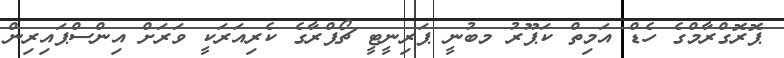
ޕޮރޮގްރާމްގެ ހެޑް އަމިތް ކަޕޫރު މބުނީ ޕަރިނީޓީ ޗޯޕްރާގެ ކެރިއަރަކީ ވަރަށް އިންސްޕައިރިން